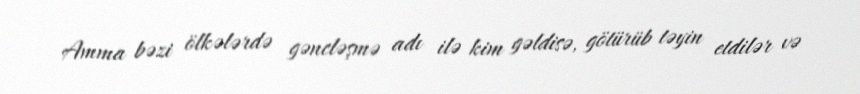
Amma bəzi ölkələrdə gəncləşmə adı ilə kim gəldisə, götürüb təyin etdilər və